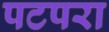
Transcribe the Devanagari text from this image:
पटपरा